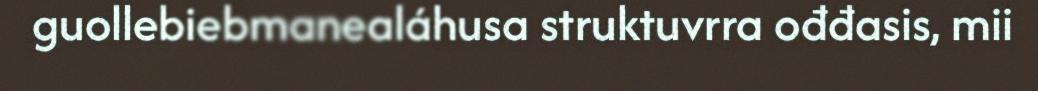
guollebiebmanealáhusa struktuvrra ođđasis, mii